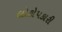
લોકોપકારી